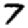
Digit: 7